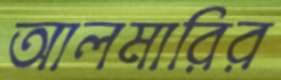
আলমারির